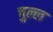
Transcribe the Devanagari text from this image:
चुल्ल